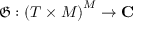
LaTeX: { \mathfrak { G } } : { { ( T \times M ) } ^ { M } } \to \mathbf { C }